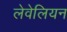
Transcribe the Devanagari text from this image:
लेवेलियन